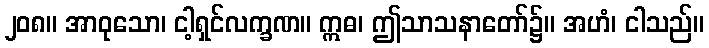
၂၀၈။ အာဝုသော၊ ငါ့ရှင်လက္ခဏ။ ဣဓ၊ ဤသာသနာတော်၌။ အဟံ၊ ငါသည်။